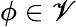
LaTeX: \phi\in\mathscr{V}